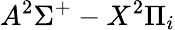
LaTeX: A^{2}\Sigma^{+}-X^{2}\Pi_{i}